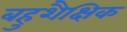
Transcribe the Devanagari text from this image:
बहुशैक्षिक